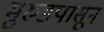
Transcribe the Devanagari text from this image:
मुरुडपासून